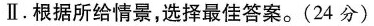
Ⅱ.根据所给情景，选择最佳答案。(24分)